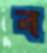
ব